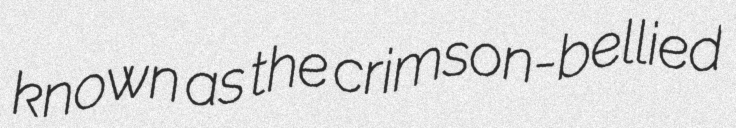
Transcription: known as the crimson-bellied